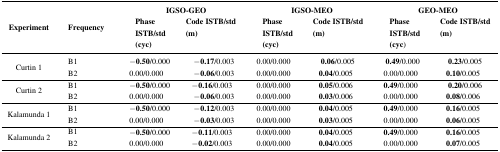
| <ROWSPAN=2> Experiment | <ROWSPAN=2> Frequency | <COLSPAN=2> IGSO-GEO | <COLSPAN=2> IGSO-MEO | <COLSPAN=2> GEO-MEO |
 | Phase ISTB/std(cyc) | Code ISTB/std (m) | Phase ISTB/std(cyc) | Code ISTB/std (m) | Phase ISTB/std(cyc) | Code ISTB/std (m) |
 | --- | --- | --- | --- | --- | --- | --- | --- |
 | <ROWSPAN=2> Curtin 1 | B1 | −0.50/0.000 | −0.17/0.003 | 0.00/0.000 | 0.06/0.005 | 0.49/0.000 | 0.23/0.005 |
 | B2 | 0.00/0.000 | −0.06/0.003 | 0.00/0.000 | 0.04/0.005 | 0.00/0.000 | 0.10/0.005 |
 | <ROWSPAN=2> Curtin 2 | B1 | −0.50/0.000 | −0.16/0.003 | 0.00/0.000 | 0.05/0.006 | 0.49/0.000 | 0.20/0.006 |
 | B2 | 0.00/0.000 | −0.06/0.003 | 0.00/0.000 | 0.03/0.006 | 0.00/0.000 | 0.08/0.006 |
 | <ROWSPAN=2> Kalamunda 1 | B1 | −0.50/0.000 | −0.12/0.003 | 0.00/0.000 | 0.04/0.005 | 0.49/0.000 | 0.16/0.005 |
 | B2 | 0.00/0.000 | −0.03/0.003 | 0.00/0.000 | 0.03/0.005 | 0.00/0.000 | 0.06/0.005 |
 | <ROWSPAN=2> Kalamunda 2 | B1 | −0.50/0.000 | −0.11/0.003 | 0.00/0.000 | 0.04/0.005 | 0.49/0.000 | 0.16/0.005 |
 | B2 | 0.00/0.000 | −0.02/0.003 | 0.00/0.000 | 0.04/0.005 | 0.00/0.000 | 0.07/0.005 |